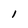
Character: 1